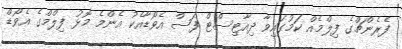
ފެރެންޗްގެ ފިލްމެއް ކަމުގައިވާ ދިއާޓިސްޓް ފަސް އެވޯޑާއެކު އެންމެ މޮޅު ފިލްމްގެ އެވޯޑް